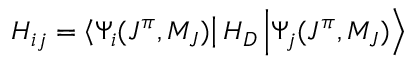
H _ { i j } = \left\langle \Psi _ { i } ( J ^ { \pi } , M _ { J } ) \right| H _ { D } \left| \Psi _ { j } ( J ^ { \pi } , M _ { J } ) \right\rangle